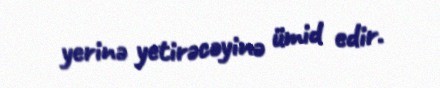
yerinə yetirəcəyinə ümid edir.